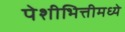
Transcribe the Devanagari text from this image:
पेशीभित्तीमध्ये